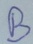
Text: B